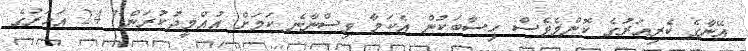
އޭނާގެ ކެރިއަރުގެ ކޮންމެވެސް ހިސާބަކުން އެކަމާ ވިސްނާނެ ކަމަށް އުއްމީދުކުރަން" 24 އަހަރުގެ